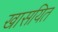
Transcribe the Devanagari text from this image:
खासयित